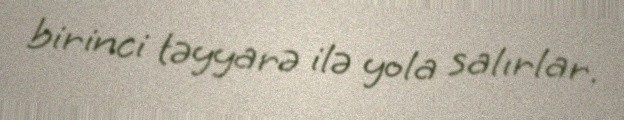
birinci təyyarə ilə yola salırlar.